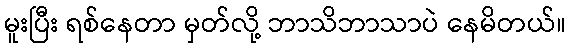
မူးပြီး ရစ်နေတာ မှတ်လို့ ဘာသိဘာသာပဲ နေမိတယ်။